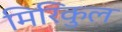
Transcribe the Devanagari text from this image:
मिरिकुल